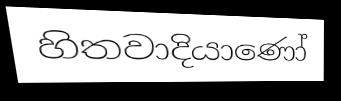
හිතවාදියාණෝ